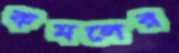
কমলের